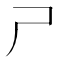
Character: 𡰣